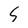
Character: S